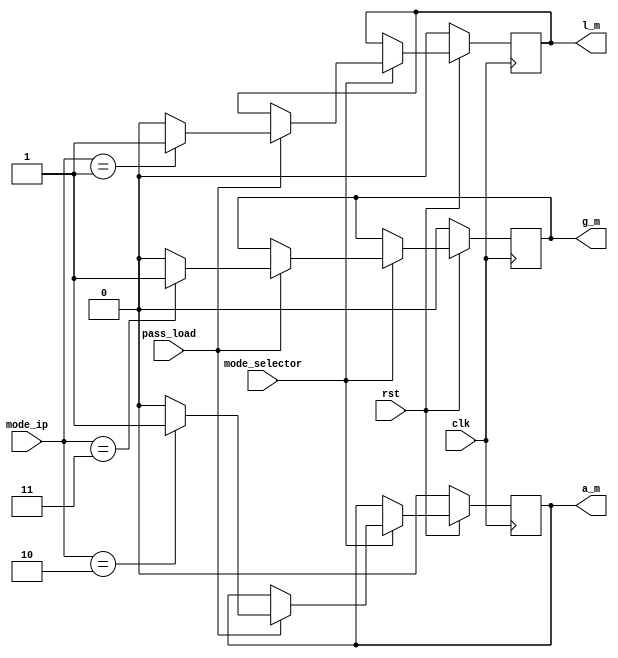
module mode_selection(clk, rst,pass_load, mode_selector, mode_ip, l_m, a_m, g_m);

input clk, rst;
input mode_selector;
input [1:0] mode_ip;
input pass_load;
output l_m, a_m, g_m;

reg l_m, a_m, g_m;

always @(posedge clk)
	begin
		if(rst == 0)
		begin
			l_m <= 0;
			g_m <= 0;
			a_m <= 0;
		end  
	else 
		begin
			if(mode_selector == 1)
				begin
					if(pass_load==1)
						begin
							case(mode_ip)
	
								2'b01:
									begin
										l_m <= 1;
										g_m <= 0;
										a_m <= 0;
									end

								2'b10:
									begin
										l_m <= 0;
										g_m <= 0;
										a_m <= 1;
									end

								2'b11:
									begin
										l_m <= 0;
										g_m <= 1;
										a_m <= 0;
									end

								default:
									begin
										l_m <= 0;
										g_m <= 0;
										a_m <= 0;
									end

							endcase	
						end
				end
		end	
end		
endmodule